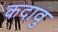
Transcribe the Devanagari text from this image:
कदावु